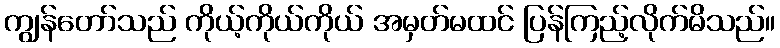
ကျွန်တော်သည် ကိုယ့်ကိုယ်ကိုယ် အမှတ်မထင် ပြန်ကြည့်လိုက်မိသည်။